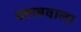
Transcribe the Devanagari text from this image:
क्लबवाला